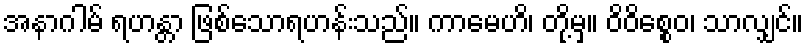
အနာဂါမ် ရဟန္တာ ဖြစ်သောရဟန်းသည်။ ကာမေဟိ၊ တို့မှ။ ဝိဝိစ္စေဝ၊ သာလျှင်။